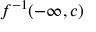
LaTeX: f ^ { - 1 } ( - \infty , c )